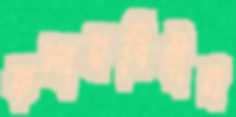
কলারবিহীন